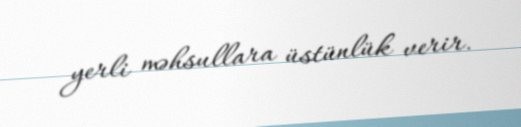
yerli məhsullara üstünlük verir.